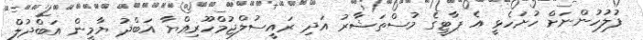
ފުލުހުންނަށް ހުށަހެޅީ އެ ޕާޓީގެ މުސްތަޝާރު އަދި ރައީސުލްޖުމްހޫރިއްޔާ އަބްދު ޔާމީން އަބްދުލް